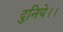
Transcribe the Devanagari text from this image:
दुनिये।।